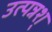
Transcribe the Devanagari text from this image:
उत्पन्नश्